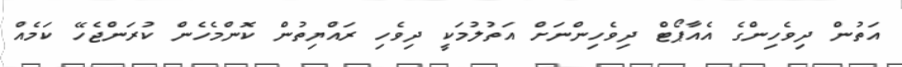
އަތުން ދިވެހިންގެ އެއާޕޯޓް ދިވެހިންނަށް އަތުލުމަކީ ދިވެހި ރައްޔިތުން ކޮންމެހެން ކުރަންޖެހޭ ކަމެއް